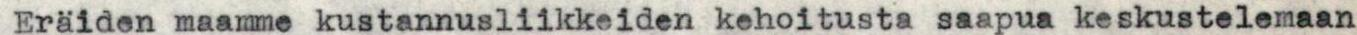
Eräiden maamme kustannusliikkeiden kehoitusta saapua keskustelemaan